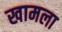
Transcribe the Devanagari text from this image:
खामला